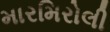
મારમિરોલી